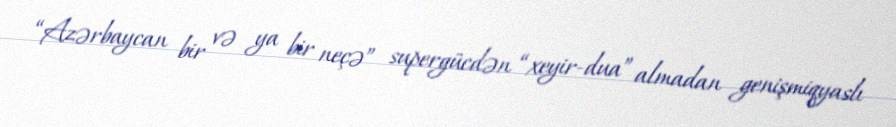
“Azərbaycan bir və ya bir neçə” supergücdən “xeyir-dua” almadan genişmiqyaslı